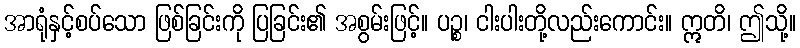
အာရုံနှင့်စပ်သော ဖြစ်ခြင်းကို ပြခြင်း၏ အစွမ်းဖြင့်။ ပဉ္စ၊ ငါးပါးတို့လည်းကောင်း။ ဣတိ၊ ဤသို့။